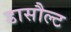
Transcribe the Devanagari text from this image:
डासौल्ट